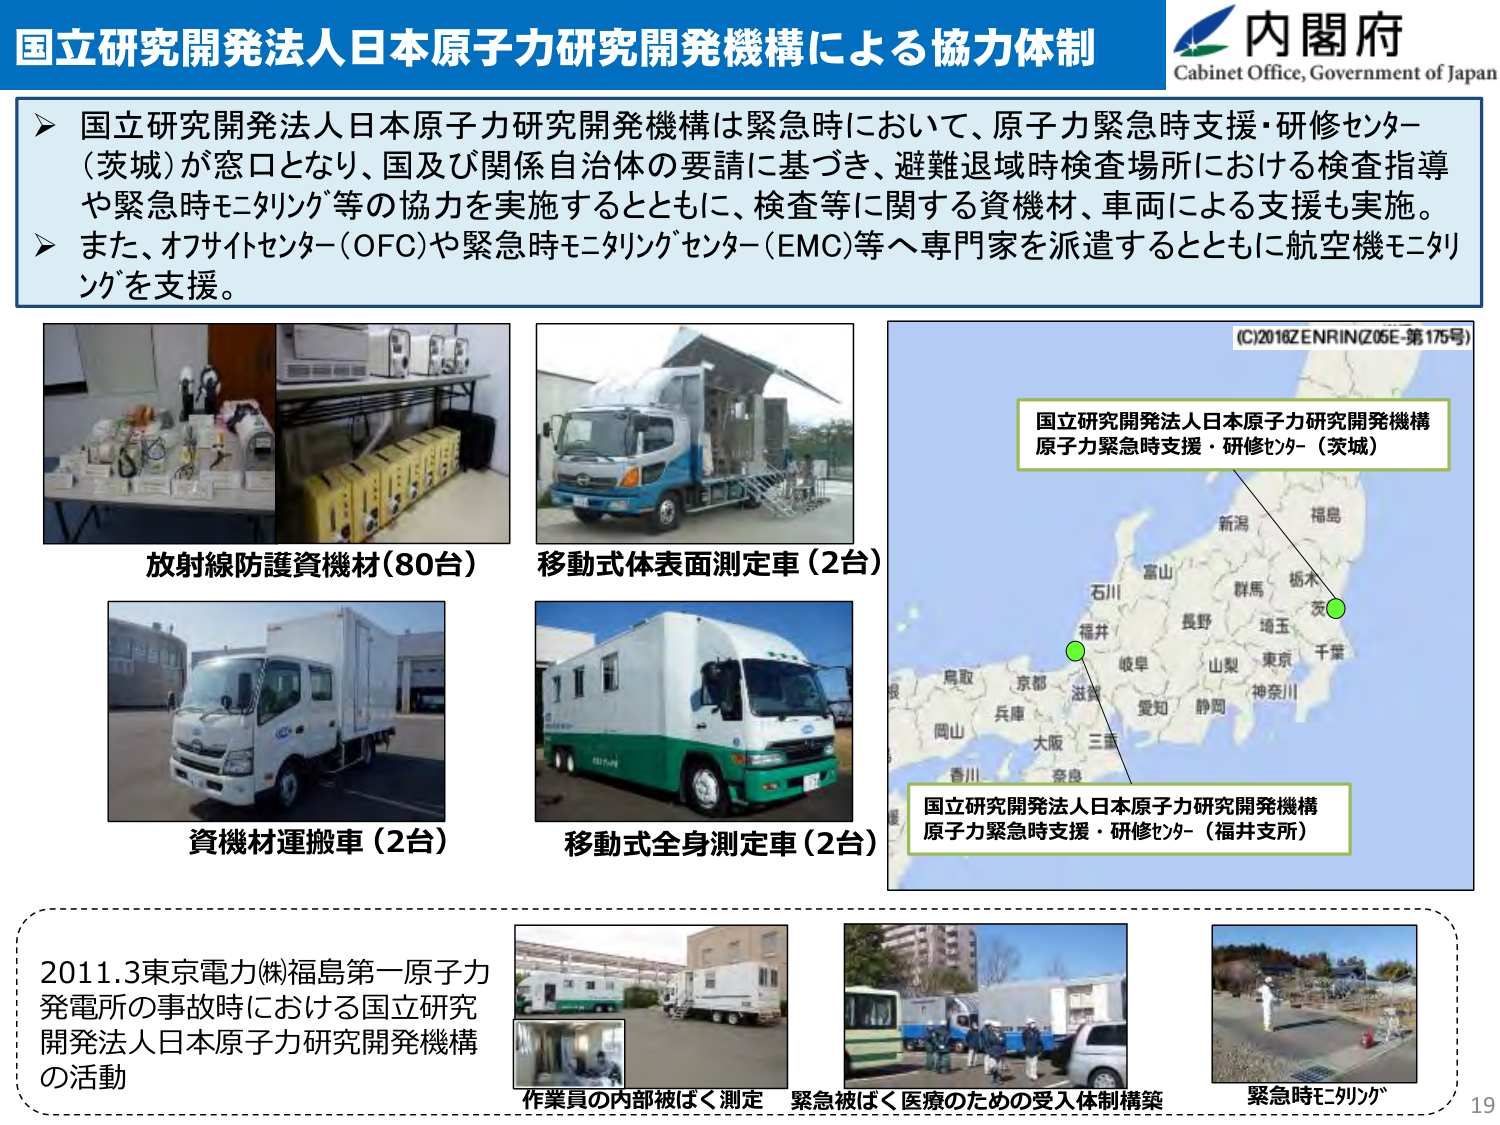
国立研究開発法人日本原子力研究開発機構による協力体制
内閣府
Cabinet Office, Government of Japan

▶ 国立研究開発法人日本原子力研究開発機構は緊急時において、原子力緊急時支援・研修センター（茨城）が窓口となり、国及び関係自治体の要請に基づき、避難退域時検査場所における検査指導や緊急時モニタリング等の協力を実施するとともに、検査等に関する資機材、車両による支援も実施。
▶ また、オフサイトセンター（OFC）や緊急時モニタリングセンター（EMC）等へ専門家を派遣するとともに航空機モニタリングを支援。

放射線防護資機材（80台）
移動式体表面測定車（2台）
資機材運搬車（2台）
移動式全身測定車（2台）

(C)2016ZENRIN(Z05E-第175号)
国立研究開発法人日本原子力研究開発機構
原子力緊急時支援・研修センター（茨城）
国立研究開発法人日本原子力研究開発機構
原子力緊急時支援・研修センター（福井支所）

2011.3東京電力(株)福島第一原子力発電所の事故時における国立研究開発法人日本原子力研究開発機構の活動
作業員の内部被ばく測定
緊急被ばく医療のための受入体制構築
緊急時モニタリング

19